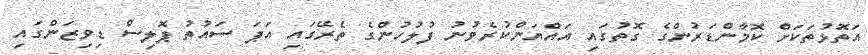
އަތޮޅުތަކަށް ކޮމާންޑަރުންގެ ގޮތުގައި އައްޔަންކުރެވުނު ފުލުހުންގެ ތެރޭގައި އަޕަ ސައުތު ޕޮލިސް ޑިވިޒަންގައި